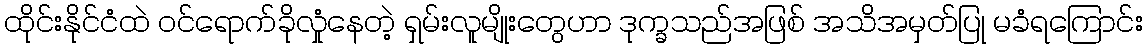
ထိုင်းနိုင်ငံထဲ ဝင်ရောက်ခိုလှုံနေတဲ့ ရှမ်းလူမျိုးတွေဟာ ဒုက္ခသည်အဖြစ် အသိအမှတ်ပြု မခံရကြောင်း